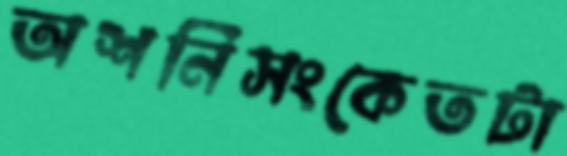
অশনিসংকেতটা